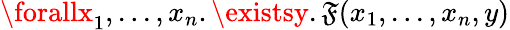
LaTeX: \forallx_{1},...,x_{n}.\existsy.\mathfrak{F}(x_{1},...,x_{n},y)